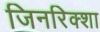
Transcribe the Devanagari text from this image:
जिनरिक्शा